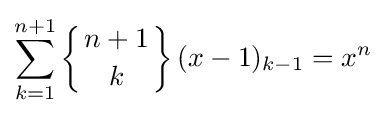
\sum _{k=1}^{n+1}\left\{{n+1 \atop k}\right\}(x-1)_{k-1}=x^{n}